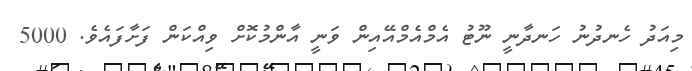
މިއަދު ހެނދުނު ހަނދާނީ ނޫޓު އެމްއެމްއޭއިން ވަނީ އާންމުކޮށް ވިއްކަން ފަށާފައެވެ. 5000